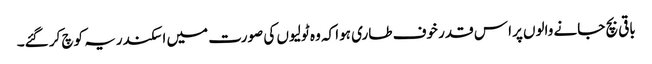
باقی بچ جانے والوں پرا س قدر خوف طاری ہوا کہ وہ ٹولیوں کی صورت میں اسکندریہ کوچ کر گئے۔